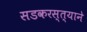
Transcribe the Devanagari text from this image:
सडकरस्त्याने